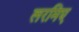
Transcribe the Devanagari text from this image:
लरमिए